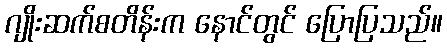
ဂျိုးဆက်စတိန်းက နောင်တွင် ပြောပြသည်။